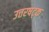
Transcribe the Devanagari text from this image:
उत्तरषट्क